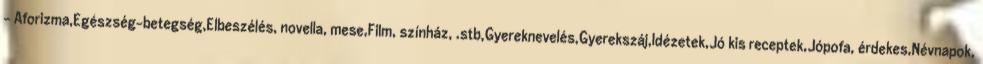
- Aforizma,Egészség-betegség,Elbeszélés, novella, mese,Film, színház, .stb,Gyereknevelés,Gyerekszáj,Idézetek,Jó kis receptek,Jópofa, érdekes,Névnapok,